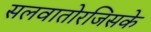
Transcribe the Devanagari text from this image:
सलवातोरजिसके